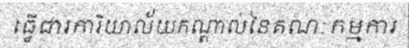
ធ្វើជារការិយាល័យកណ្តាល់នៃគណៈកម្មការ